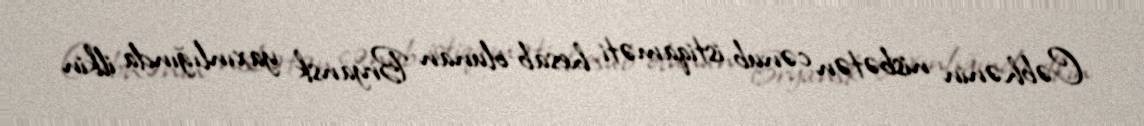
Cəbhənin nisbətən cənub istiqaməti hesab olunan Bryansk yaxınlığında ilkin